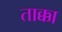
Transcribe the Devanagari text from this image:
ताक्का